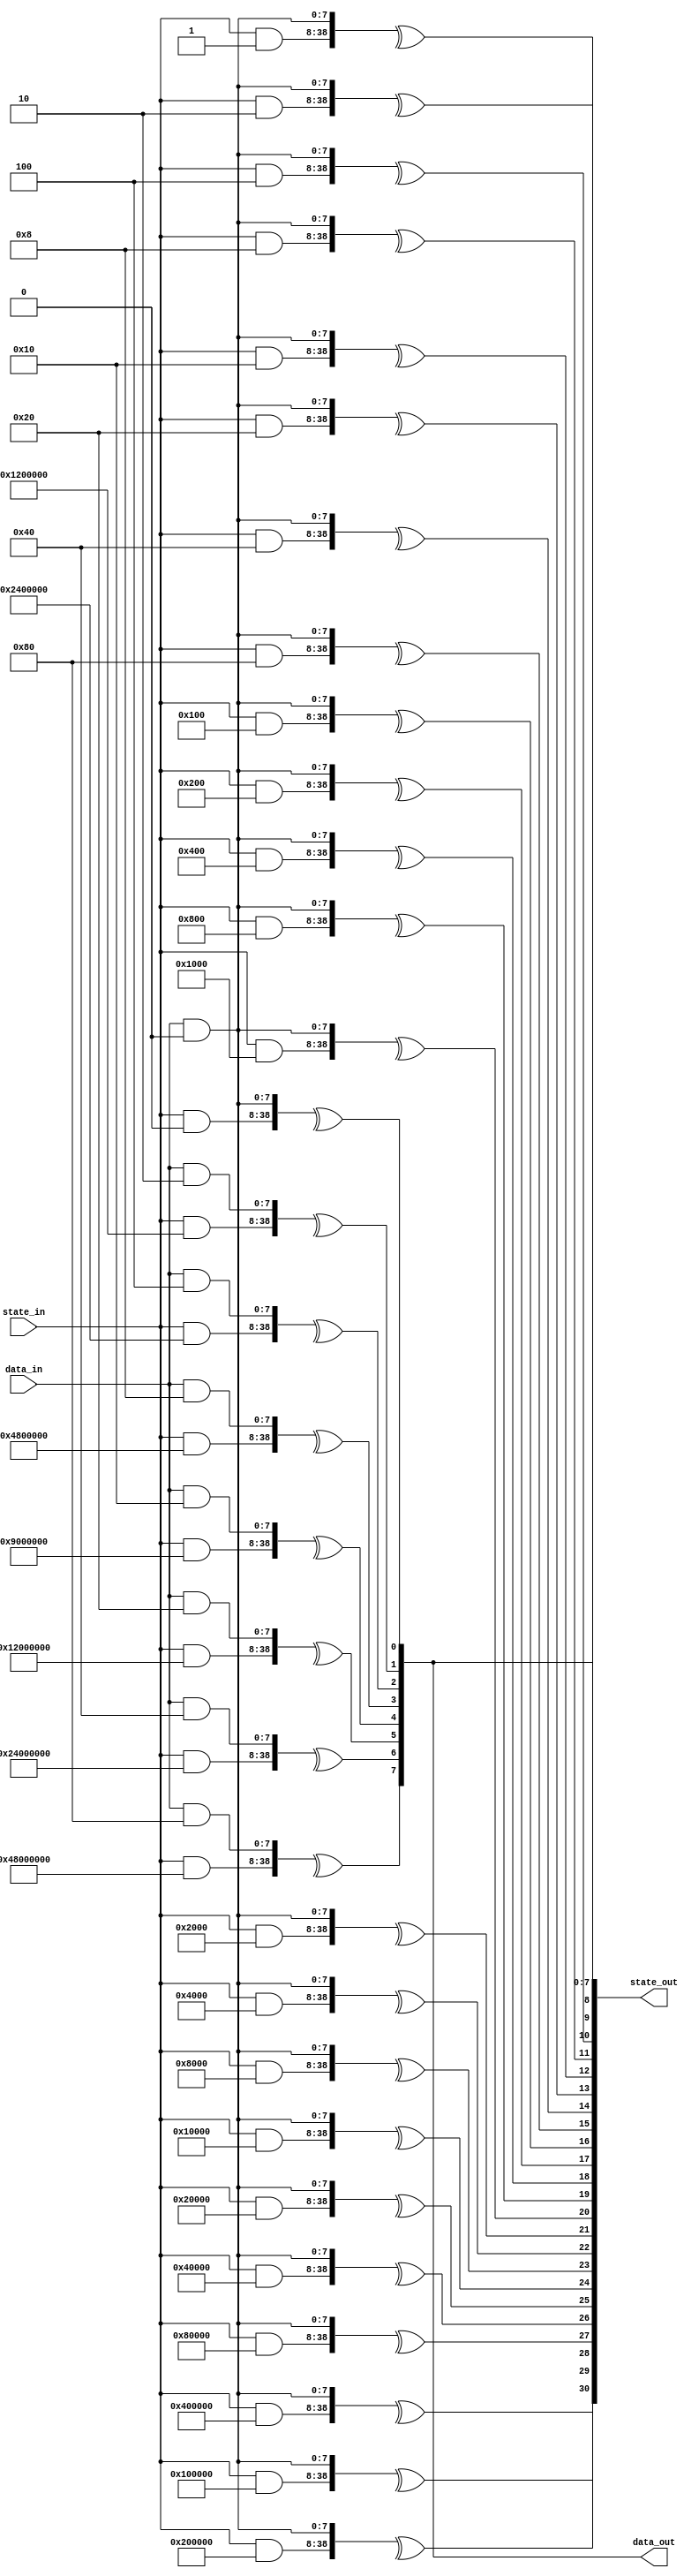
/*
Copyright (c) 2016 Alex Forencich
Permission is hereby granted, free of charge, to any person obtaining a copy
of this software and associated documentation files (the "Software"), to deal
in the Software without restriction, including without limitation the rights
to use, copy, modify, merge, publish, distribute, sublicense, and/or sell
copies of the Software, and to permit persons to whom the Software is
furnished to do so, subject to the following conditions:
The above copyright notice and this permission notice shall be included in
all copies or substantial portions of the Software.
THE SOFTWARE IS PROVIDED "AS IS", WITHOUT WARRANTY OF ANY KIND, EXPRESS OR
IMPLIED, INCLUDING BUT NOT LIMITED TO THE WARRANTIES OF MERCHANTABILITY
FITNESS FOR A PARTICULAR PURPOSE AND NONINFRINGEMENT. IN NO EVENT SHALL THE
AUTHORS OR COPYRIGHT HOLDERS BE LIABLE FOR ANY CLAIM, DAMAGES OR OTHER
LIABILITY, WHETHER IN AN ACTION OF CONTRACT, TORT OR OTHERWISE, ARISING FROM,
OUT OF OR IN CONNECTION WITH THE SOFTWARE OR THE USE OR OTHER DEALINGS IN
THE SOFTWARE.
*/

// Language: Verilog 2001

`timescale 1ns / 1ps

/*
 * Parametrizable combinatorial parallel LFSR/CRC
 */
module lfsr #
(
    // width of LFSR
    parameter LFSR_WIDTH = 31,
    // LFSR polynomial
    parameter LFSR_POLY = 31'h10000001,
    // LFSR configuration: "GALOIS", "FIBONACCI"
    parameter LFSR_CONFIG = "FIBONACCI",
    // LFSR feed forward enable
    parameter LFSR_FEED_FORWARD = 0,
    // bit-reverse input and output
    parameter REVERSE = 0,
    // width of data input
    parameter DATA_WIDTH = 8,
    // implementation style: "AUTO", "LOOP", "REDUCTION"
    parameter STYLE = "AUTO"
)
(
    input  wire [DATA_WIDTH-1:0] data_in,
    input  wire [LFSR_WIDTH-1:0] state_in,
    output wire [DATA_WIDTH-1:0] data_out,
    output wire [LFSR_WIDTH-1:0] state_out
);

/*
Fully parametrizable combinatorial parallel LFSR/CRC module.  Implements an unrolled LFSR
next state computation, shifting DATA_WIDTH bits per pass through the module.  Input data
is XORed with LFSR feedback path, tie data_in to zero if this is not required.
Works in two parts: statically computes a set of bit masks, then uses these bit masks to
select bits for XORing to compute the next state.  
Ports:
data_in
Data bits to be shifted through the LFSR (DATA_WIDTH bits)
state_in
LFSR/CRC current state input (LFSR_WIDTH bits)
data_out
Data bits shifted out of LFSR (DATA_WIDTH bits)
state_out
LFSR/CRC next state output (LFSR_WIDTH bits)
Parameters:
LFSR_WIDTH
Specify width of LFSR/CRC register
LFSR_POLY
Specify the LFSR/CRC polynomial in hex format.  For example, the polynomial
x^32 + x^26 + x^23 + x^22 + x^16 + x^12 + x^11 + x^10 + x^8 + x^7 + x^5 + x^4 + x^2 + x + 1
would be represented as
32'h04c11db7
Note that the largest term (x^32) is suppressed.  This term is generated automatically based
on LFSR_WIDTH.
LFSR_CONFIG
Specify the LFSR configuration, either Fibonacci or Galois.  Fibonacci is generally used
for linear-feedback shift registers (LFSR) for pseudorandom binary sequence (PRBS) generators,
scramblers, and descrambers, while Galois is generally used for cyclic redundancy check
generators and checkers.
Fibonacci style (example for 64b66b scrambler, 0x8000000001)
   DIN (LSB first)
    |
    V
   (+)<---------------------------(+)<-----------------------------.
    |                              ^                               |
    |  .----.  .----.       .----. |  .----.       .----.  .----.  |
    +->|  0 |->|  1 |->...->| 38 |-+->| 39 |->...->| 56 |->| 57 |--'
    |  '----'  '----'       '----'    '----'       '----'  '----'
    V
   DOUT
Galois style (example for CRC16, 0x8005)
    ,-------------------+-------------------------+----------(+)<-- DIN (MSB first)
    |                   |                         |           ^
    |  .----.  .----.   V   .----.       .----.   V   .----.  |
    `->|  0 |->|  1 |->(+)->|  2 |->...->| 14 |->(+)->| 15 |--+---> DOUT
       '----'  '----'       '----'       '----'       '----'
LFSR_FEED_FORWARD
Generate feed forward instead of feed back LFSR.  Enable this for PRBS checking and self-
synchronous descrambling.
Fibonacci feed-forward style (example for 64b66b descrambler, 0x8000000001)
   DIN (LSB first)
    |
    |  .----.  .----.       .----.    .----.       .----.  .----.
    +->|  0 |->|  1 |->...->| 38 |-+->| 39 |->...->| 56 |->| 57 |--.
    |  '----'  '----'       '----' |  '----'       '----'  '----'  |
    |                              V                               |
   (+)<---------------------------(+)------------------------------'
    |
    V
   DOUT
Galois feed-forward style
    ,-------------------+-------------------------+------------+--- DIN (MSB first)
    |                   |                         |            |
    |  .----.  .----.   V   .----.       .----.   V   .----.   V
    `->|  0 |->|  1 |->(+)->|  2 |->...->| 14 |->(+)->| 15 |->(+)-> DOUT
       '----'  '----'       '----'       '----'       '----'
REVERSE
Bit-reverse LFSR input and output.  Shifts MSB first by default, set REVERSE for LSB first.
DATA_WIDTH
Specify width of input and output data bus.  The module will perform one shift per input
data bit, so if the input data bus is not required tie data_in to zero and set DATA_WIDTH
to the required number of shifts per clock cycle.  
STYLE
Specify implementation style.  Can be "AUTO", "LOOP", or "REDUCTION".  When "AUTO"
is selected, implemenation will be "LOOP" or "REDUCTION" based on synthesis translate
directives.  "REDUCTION" and "LOOP" are functionally identical, however they simulate
and synthesize differently.  "REDUCTION" is implemented with a loop over a Verilog
reduction operator.  "LOOP" is implemented as a doubly-nested loop with no reduction
operator.  "REDUCTION" is very fast for simulation in iverilog and synthesizes well in
Quartus but synthesizes poorly in ISE, likely due to large inferred XOR gates causing
problems with the optimizer.  "LOOP" synthesizes will in both ISE and Quartus.  "AUTO"
will default to "REDUCTION" when simulating and "LOOP" for synthesizers that obey
synthesis translate directives.
Settings for common LFSR/CRC implementations:
Name        Configuration           Length  Polynomial      Initial value   Notes
CRC32       Galois, bit-reverse     32      32'h04c11db7    32'hffffffff    Ethernet FCS; invert final output
PRBS6       Fibonacci               6       6'h21           any
PRBS7       Fibonacci               7       7'h41           any
PRBS9       Fibonacci               9       9'h021          any             ITU V.52
PRBS10      Fibonacci               10      10'h081         any             ITU
PRBS11      Fibonacci               11      11'h201         any             ITU O.152
PRBS15      Fibonacci, inverted     15      15'h4001        any             ITU O.152
PRBS17      Fibonacci               17      17'h04001       any
PRBS20      Fibonacci               20      20'h00009       any             ITU V.57
PRBS23      Fibonacci, inverted     23      23'h040001      any             ITU O.151
PRBS29      Fibonacci, inverted     29      29'h08000001    any
PRBS31      Fibonacci, inverted     31      31'h10000001    any
64b66b      Fibonacci, bit-reverse  58      58'h8000000001  any             10G Ethernet
128b130b    Galois, bit-reverse     23      23'h210125      any             PCIe gen 3
*/

reg [LFSR_WIDTH-1:0] lfsr_mask_state[LFSR_WIDTH-1:0];
reg [DATA_WIDTH-1:0] lfsr_mask_data[LFSR_WIDTH-1:0];
reg [LFSR_WIDTH-1:0] output_mask_state[DATA_WIDTH-1:0];
reg [DATA_WIDTH-1:0] output_mask_data[DATA_WIDTH-1:0];

reg [LFSR_WIDTH-1:0] state_val = 0;
reg [DATA_WIDTH-1:0] data_val = 0;

integer i, j, k;

initial begin
    // init bit masks
    for (i = 0; i < LFSR_WIDTH; i = i + 1) begin
        lfsr_mask_state[i] = {LFSR_WIDTH{1'b0}};
        lfsr_mask_state[i][i] = 1'b1;
        lfsr_mask_data[i] = {DATA_WIDTH{1'b0}};
    end
    for (i = 0; i < DATA_WIDTH; i = i + 1) begin
        output_mask_state[i] = {LFSR_WIDTH{1'b0}};
        if (i < LFSR_WIDTH) begin
            output_mask_state[i][i] = 1'b1;
        end
        output_mask_data[i] = {DATA_WIDTH{1'b0}};
    end

    // simulate shift register
    if (LFSR_CONFIG == "FIBONACCI") begin
        // Fibonacci configuration
        for (i = DATA_WIDTH-1; i >= 0; i = i - 1) begin
            // determine shift in value
            // current value in last FF, XOR with input data bit (MSB first)
            state_val = lfsr_mask_state[LFSR_WIDTH-1];
            data_val = lfsr_mask_data[LFSR_WIDTH-1];
            data_val = data_val ^ (1 << i);

            // add XOR inputs from correct indicies
            for (j = 1; j < LFSR_WIDTH; j = j + 1) begin
                if (LFSR_POLY & (1 << j)) begin
                    state_val = lfsr_mask_state[j-1] ^ state_val;
                    data_val = lfsr_mask_data[j-1] ^ data_val;
                end
            end

            // shift
            for (j = LFSR_WIDTH-1; j > 0; j = j - 1) begin
                lfsr_mask_state[j] = lfsr_mask_state[j-1];
                lfsr_mask_data[j] = lfsr_mask_data[j-1];
            end
            for (j = DATA_WIDTH-1; j > 0; j = j - 1) begin
                output_mask_state[j] = output_mask_state[j-1];
                output_mask_data[j] = output_mask_data[j-1];
            end
            output_mask_state[0] = state_val;
            output_mask_data[0] = data_val;
            if (LFSR_FEED_FORWARD) begin
                // only shift in new input data
                state_val = {LFSR_WIDTH{1'b0}};
                data_val = 1 << i;
            end
            lfsr_mask_state[0] = state_val;
            lfsr_mask_data[0] = data_val;
        end
    end else if (LFSR_CONFIG == "GALOIS") begin
        // Galois configuration
        for (i = DATA_WIDTH-1; i >= 0; i = i - 1) begin
            // determine shift in value
            // current value in last FF, XOR with input data bit (MSB first)
            state_val = lfsr_mask_state[LFSR_WIDTH-1];
            data_val = lfsr_mask_data[LFSR_WIDTH-1];
            data_val = data_val ^ (1 << i);

            // shift
            for (j = LFSR_WIDTH-1; j > 0; j = j - 1) begin
                lfsr_mask_state[j] = lfsr_mask_state[j-1];
                lfsr_mask_data[j] = lfsr_mask_data[j-1];
            end
            for (j = DATA_WIDTH-1; j > 0; j = j - 1) begin
                output_mask_state[j] = output_mask_state[j-1];
                output_mask_data[j] = output_mask_data[j-1];
            end
            output_mask_state[0] = state_val;
            output_mask_data[0] = data_val;
            if (LFSR_FEED_FORWARD) begin
                // only shift in new input data
                state_val = {LFSR_WIDTH{1'b0}};
                data_val = 1 << i;
            end
            lfsr_mask_state[0] = state_val;
            lfsr_mask_data[0] = data_val;

            // add XOR inputs at correct indicies
            for (j = 1; j < LFSR_WIDTH; j = j + 1) begin
                if (LFSR_POLY & (1 << j)) begin
                    lfsr_mask_state[j] = lfsr_mask_state[j] ^ state_val;
                    lfsr_mask_data[j] = lfsr_mask_data[j] ^ data_val;
                end
            end
        end
    end else begin
        $error("Error: unknown configuration setting!");
        $finish;
    end

    // reverse bits if selected
    if (REVERSE) begin
        // reverse order
        for (i = 0; i < LFSR_WIDTH/2; i = i + 1) begin
            state_val = lfsr_mask_state[i];
            data_val = lfsr_mask_data[i];
            lfsr_mask_state[i] = lfsr_mask_state[LFSR_WIDTH-i-1];
            lfsr_mask_data[i] = lfsr_mask_data[LFSR_WIDTH-i-1];
            lfsr_mask_state[LFSR_WIDTH-i-1] = state_val;
            lfsr_mask_data[LFSR_WIDTH-i-1] = data_val;
        end
        for (i = 0; i < DATA_WIDTH/2; i = i + 1) begin
            state_val = output_mask_state[i];
            data_val = output_mask_data[i];
            output_mask_state[i] = output_mask_state[DATA_WIDTH-i-1];
            output_mask_data[i] = output_mask_data[DATA_WIDTH-i-1];
            output_mask_state[DATA_WIDTH-i-1] = state_val;
            output_mask_data[DATA_WIDTH-i-1] = data_val;
        end
        // reverse bits
        for (i = 0; i < LFSR_WIDTH; i = i + 1) begin
            state_val = 0;
            for (j = 0; j < LFSR_WIDTH; j = j + 1) begin
                state_val[j] = lfsr_mask_state[i][LFSR_WIDTH-j-1];
            end
            lfsr_mask_state[i] = state_val;

            data_val = 0;
            for (j = 0; j < DATA_WIDTH; j = j + 1) begin
                data_val[j] = lfsr_mask_data[i][DATA_WIDTH-j-1];
            end
            lfsr_mask_data[i] = data_val;
        end
        for (i = 0; i < DATA_WIDTH; i = i + 1) begin
            state_val = 0;
            for (j = 0; j < LFSR_WIDTH; j = j + 1) begin
                state_val[j] = output_mask_state[i][LFSR_WIDTH-j-1];
            end
            output_mask_state[i] = state_val;

            data_val = 0;
            for (j = 0; j < DATA_WIDTH; j = j + 1) begin
                data_val[j] = output_mask_data[i][DATA_WIDTH-j-1];
            end
            output_mask_data[i] = data_val;
        end
    end

    // for (i = 0; i < LFSR_WIDTH; i = i + 1) begin
    //     $display("%b %b", lfsr_mask_state[i], lfsr_mask_data[i]);
    // end
end

// synthesis translate_off
`define SIMULATION
// synthesis translate_on

`ifdef SIMULATION
// "AUTO" style is "REDUCTION" for faster simulation
parameter STYLE_INT = (STYLE == "AUTO") ? "REDUCTION" : STYLE;
`else
// "AUTO" style is "LOOP" for better synthesis result
parameter STYLE_INT = (STYLE == "AUTO") ? "LOOP" : STYLE;
`endif

genvar n;

generate

if (STYLE_INT == "REDUCTION") begin

    // use Verilog reduction operator
    // fast in iverilog
    // significantly larger than generated code with ISE (inferred wide XORs may be tripping up optimizer)
    // slightly smaller than generated code with Quartus
    // --> better for simulation

    for (n = 0; n < LFSR_WIDTH; n = n + 1) begin : loop1
        assign state_out[n] = ^{(state_in & lfsr_mask_state[n]), (data_in & lfsr_mask_data[n])};
    end
    for (n = 0; n < DATA_WIDTH; n = n + 1) begin : loop2
        assign data_out[n] = ^{(state_in & output_mask_state[n]), (data_in & output_mask_data[n])};
    end

end else if (STYLE_INT == "LOOP") begin

    // use nested loops
    // very slow in iverilog
    // slightly smaller than generated code with ISE
    // same size as generated code with Quartus
    // --> better for synthesis

    reg [LFSR_WIDTH-1:0] state_out_reg = 0;
    reg [DATA_WIDTH-1:0] data_out_reg = 0;

    assign state_out = state_out_reg;
    assign data_out = data_out_reg;

    always @* begin
        for (i = 0; i < LFSR_WIDTH; i = i + 1) begin
            state_out_reg[i] = 0;
            for (j = 0; j < LFSR_WIDTH; j = j + 1) begin
                if (lfsr_mask_state[i][j]) begin
                    state_out_reg[i] = state_out_reg[i] ^ state_in[j];
                end
            end
            for (j = 0; j < DATA_WIDTH; j = j + 1) begin
                if (lfsr_mask_data[i][j]) begin
                    state_out_reg[i] = state_out_reg[i] ^ data_in[j];
                end
            end
        end
        for (i = 0; i < DATA_WIDTH; i = i + 1) begin
            data_out_reg[i] = 0;
            for (j = 0; j < LFSR_WIDTH; j = j + 1) begin
                if (output_mask_state[i][j]) begin
                    data_out_reg[i] = data_out_reg[i] ^ state_in[j];
                end
            end
            for (j = 0; j < DATA_WIDTH; j = j + 1) begin
                if (output_mask_data[i][j]) begin
                    data_out_reg[i] = data_out_reg[i] ^ data_in[j];
                end
            end
        end
    end

end else begin

    initial begin
        $error("Error: unknown style setting!");
        $finish;
    end

end

endgenerate

endmodule